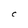
Character: C